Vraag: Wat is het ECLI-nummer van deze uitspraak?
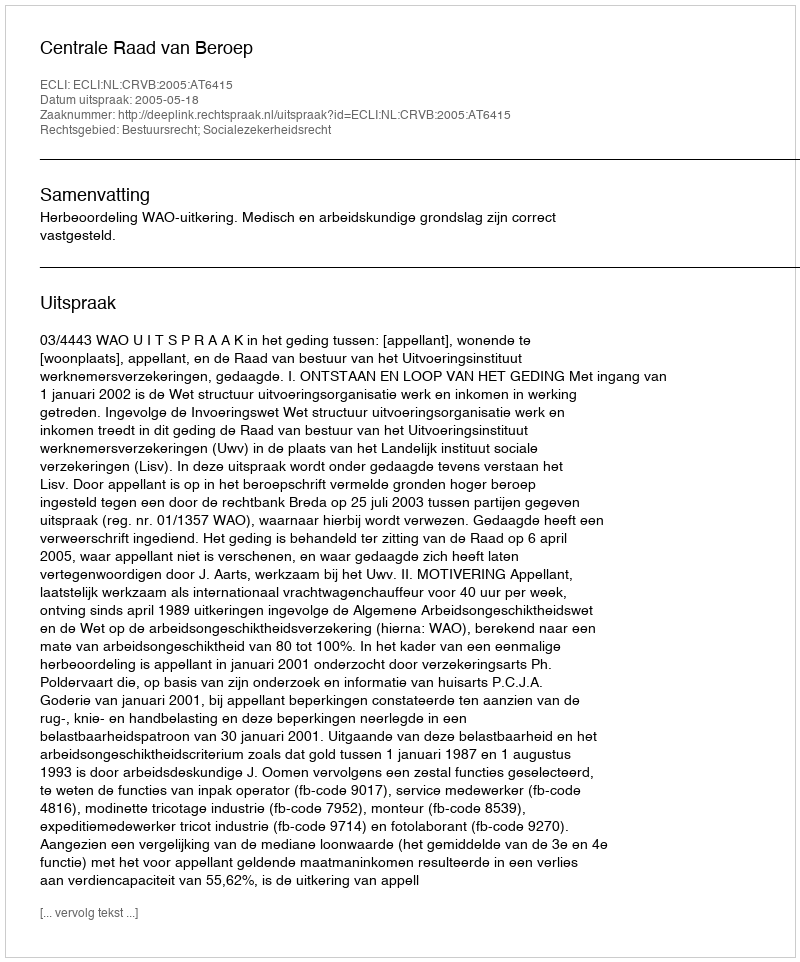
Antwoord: ECLI:NL:CRVB:2005:AT6415